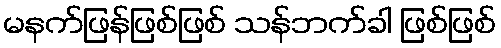
မနက်ဖြန်ဖြစ်ဖြစ် သန်ဘက်ခါ ဖြစ်ဖြစ်